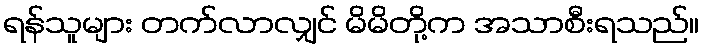
ရန်သူများ တက်လာလျှင် မိမိတို့က အသာစီးရသည်။